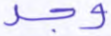
وجد